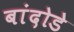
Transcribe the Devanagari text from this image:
बांदोडे